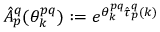
\hat { A } _ { p } ^ { q } ( \theta _ { k } ^ { p q } ) : = e ^ { \theta _ { k } ^ { p q } \hat { \tau } _ { p } ^ { q } ( k ) }